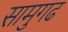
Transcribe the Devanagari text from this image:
सामुगढ